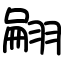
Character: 翤